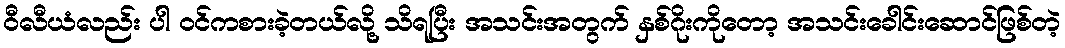
ဝီလီယံလည်း ပါ ဝင်ကစားခဲ့တယ်လို့ သိရပြီး အသင်းအတွက် နှစ်ဂိုးကိုတော့ အသင်းခေါင်းဆောင်ဖြစ်တဲ့